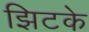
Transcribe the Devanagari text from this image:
झिटके